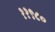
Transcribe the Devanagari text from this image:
११९८०